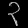
Digit: ၃